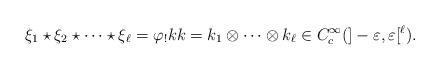
LaTeX: \begin{align*} \xi_{1}\star \xi_{2} \star \cdots \star \xi_{\ell} = \varphi_{!} k k = k_{1}\otimes \cdots \otimes k_{\ell} \in C^{\infty}_{c}(]- \varepsilon, \varepsilon [^{\ell}).\end{align*}